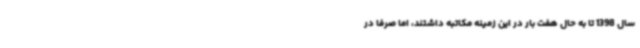
سال 1398 تا به حال هفت بار در این زمینه مکاتبه داشتند، اما صرفا در